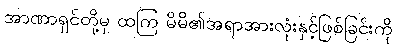
အာဏာရှင်တို့မှ ထကြ မိမိ၏အရာအားလုံးနှင့်ဖြစ်ခြင်းကို